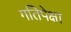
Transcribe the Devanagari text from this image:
गतिपेक्षा